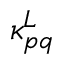
\kappa _ { p q } ^ { L }